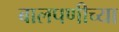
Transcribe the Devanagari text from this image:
बालपणीच्या